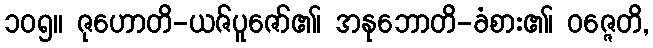
၁၀၅။ ဇုဟောတိ-ယဇ်ပူဇော်၏၊ အနုဘောတိ-ခံစား၏၊ ဝဇ္ဇေတိ,